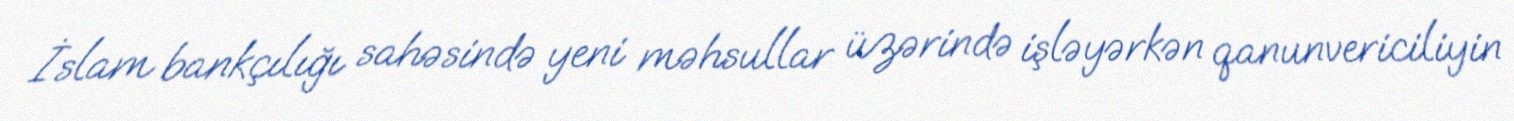
İslam bankçılığı sahəsində yeni məhsullar üzərində işləyərkən qanunvericiliyin